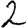
Digit: 2